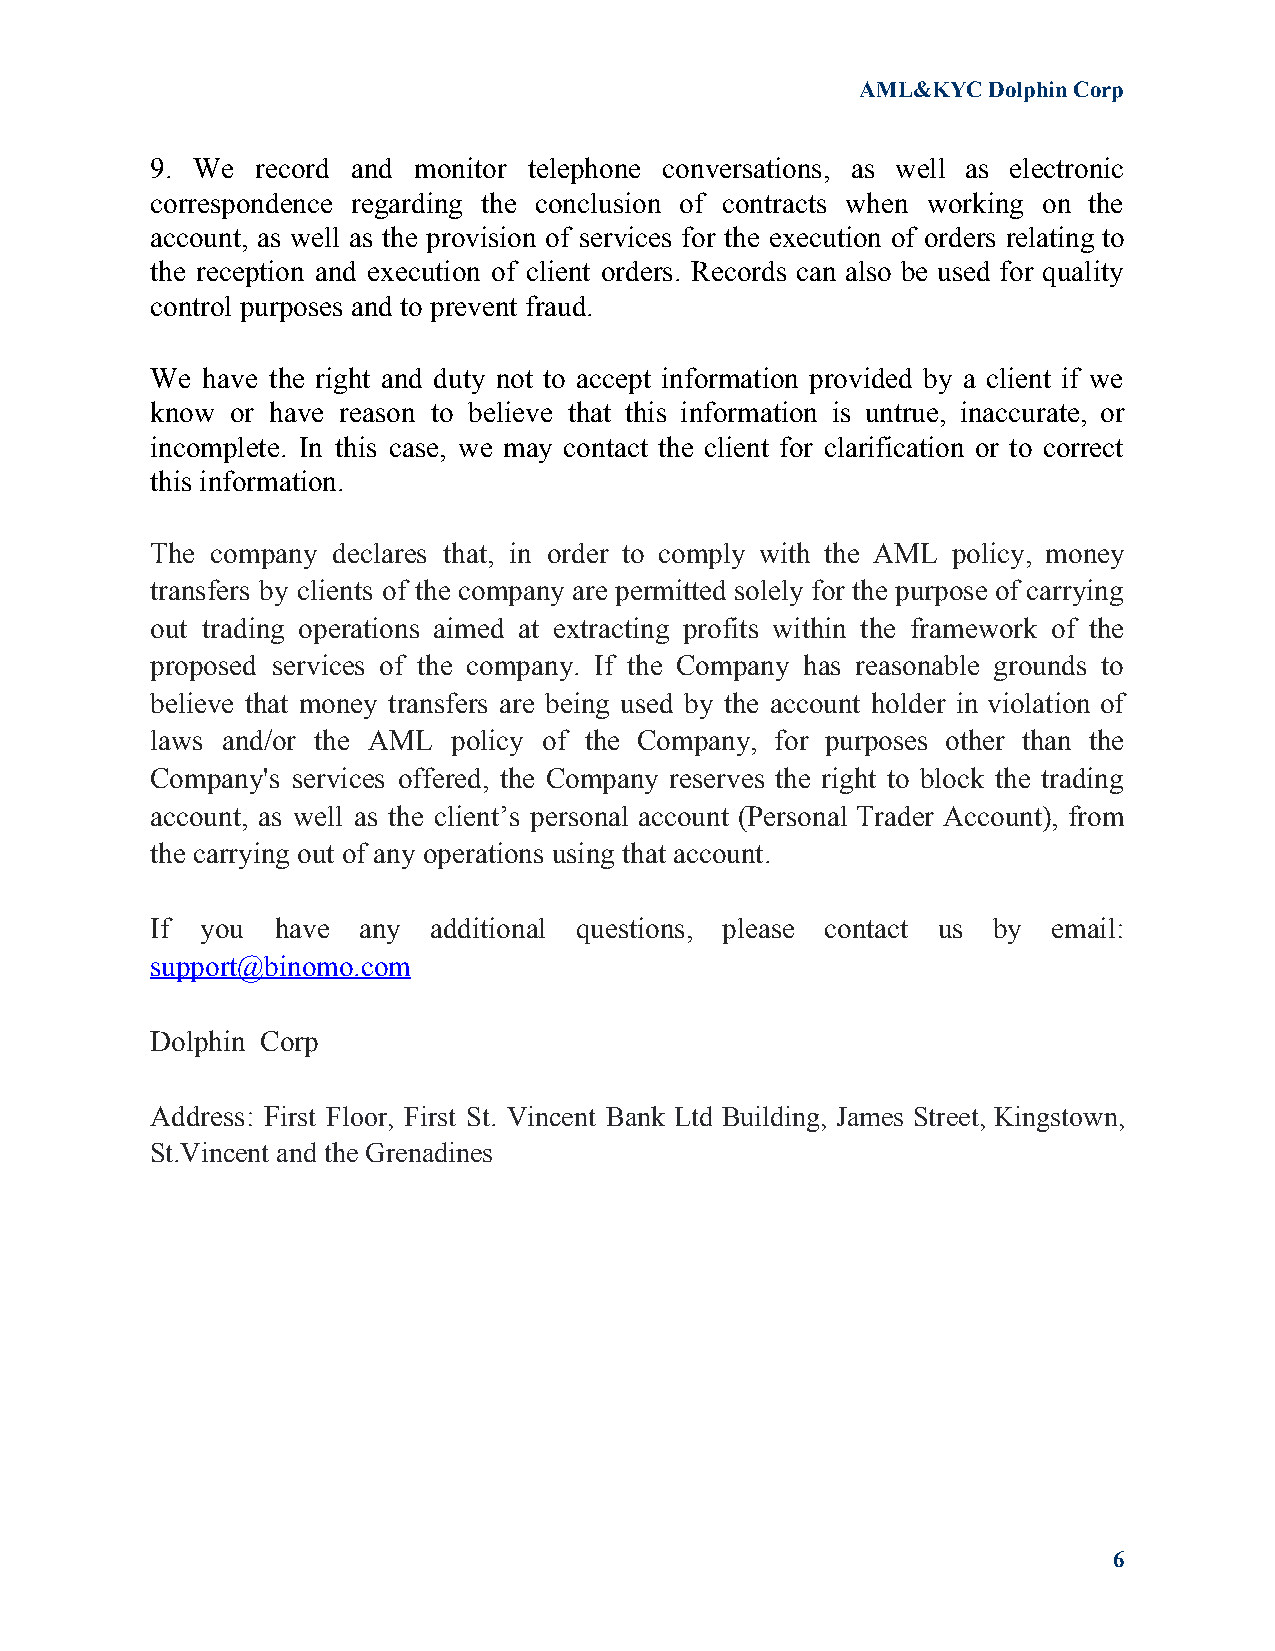
AML&KYC Dolphin Corp
 9. We  record and monitor telephone conversations, as well as electronic
 correspondence regarding the conclusion of contracts when working on the
 account, as well as the provision of services for the execution of orders relating to
 the reception and execution of client orders. Records can also be used for quality
 control purposes and to prevent fraud.
 We have the right and duty not to accept information provided by a client if we
 know or have reason to believe that this information is untrue, inaccurate, or
 incomplete. In this case, we may contact the client for clarification or to correct
 this information.
 The company declares that, in order to comply with the AML policy, money
 transfers by clients of the company are permitted solely for the purpose of carrying
 out trading operations aimed at extracting profits within the framework of the
 proposed services of the company. If the Company has reasonable grounds to
 believe that money transfers are being used by the account holder in violation of
 laws and/or the AML policy of the Company, for purposes other than the
 Company's services offered, the Company reserves the right to block the trading
 account, as well as the client’s personal account (Personal Trader Account), from
 the carrying out of any operations using that account.
 If you  have  any additional questions, please contact us by email:
 support@binomo.com
 Dolphin Corp
 Address: ​F​irst Floor, First St. Vincent Bank Ltd Building, James Street, Kingstown,
 St.Vincent and the Grenadines
 6